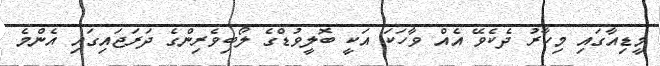
މީޑިއާގައި މިހާރު ދެކެވޭ އެއް ވާހަކަ އަކީ ބޮލީވުޑްގެ ލޯބިވެރިންގެ ދަރަޖައިގައި އެންމެ